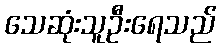
သေဆုံးသူဦးရေသည်